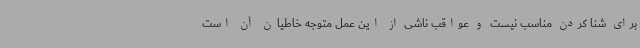
برای شنا کردن مناسب نیست و عواقب ناشی از این عمل متوجه خاطیان آن است